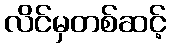
လိင်မှတစ်ဆင့်